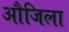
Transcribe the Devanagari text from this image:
औजिला